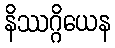
နိဿဂ္ဂိယေန